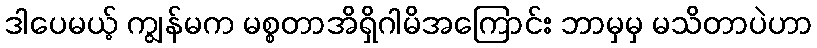
ဒါပေမယ့် ကျွန်မက မစ္စတာအိရှိဂါမိအကြောင်း ဘာမှမှ မသိတာပဲဟာ